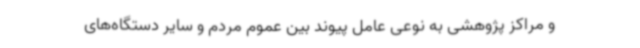
و مراکز پژوهشی به نوعی عامل پیوند بین عموم مردم و سایر دستگاه‌های